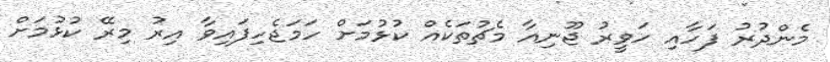
މެންދުރު ފަހާއި ހަވީރު ޖޫނިއާ މެޗުތަކެއް ކުޅުމަށް ހަމަޖެހިފައިވާ އިރު މިރޭ ކުޅުމަށް